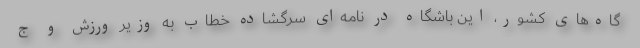
گاه‌های کشور، این باشگاه در نامه‌ای سرگشاده خطاب به وزیر ورزش و ج